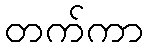
တက်ကာ